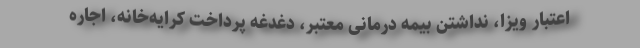
اعتبار ویزا، نداشتن بیمه درمانی معتبر، دغدغه پرداخت کرایه‌خانه، اجاره